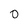
Character: 0